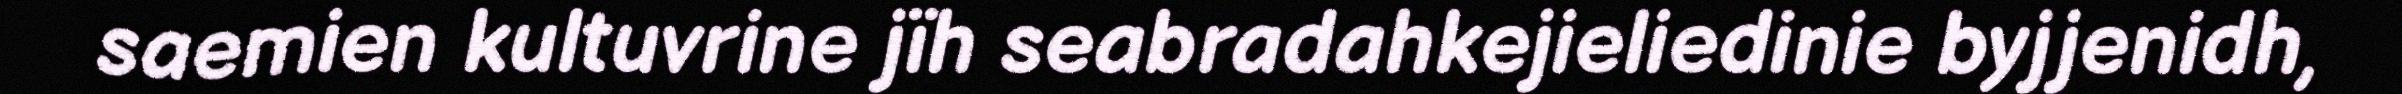
saemien kultuvrine jïh seabradahkejieliedinie byjjenidh,